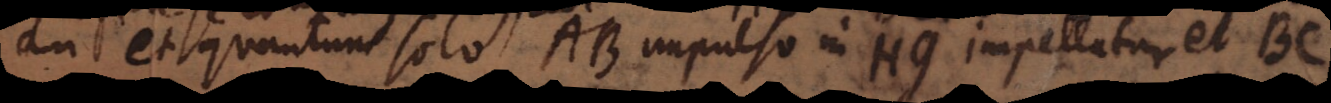
an et quantum solo AB impulso in HG impellatur et BC.